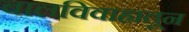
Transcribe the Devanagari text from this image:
बालविवाहातून